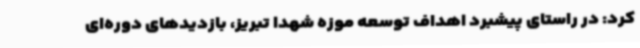
کرد: در راستای پیشبرد اهداف توسعه موزه شهدا تبریز، بازدیدهای دوره‌ای